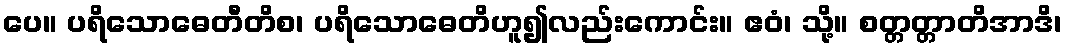
ပေ။ ပရိသောဓေတီတိစ၊ ပရိသောဓေတိဟူ၍လည်းကောင်း။ ဧဝံ၊ သို့။ စတ္တတ္တာတိအာဒိ၊